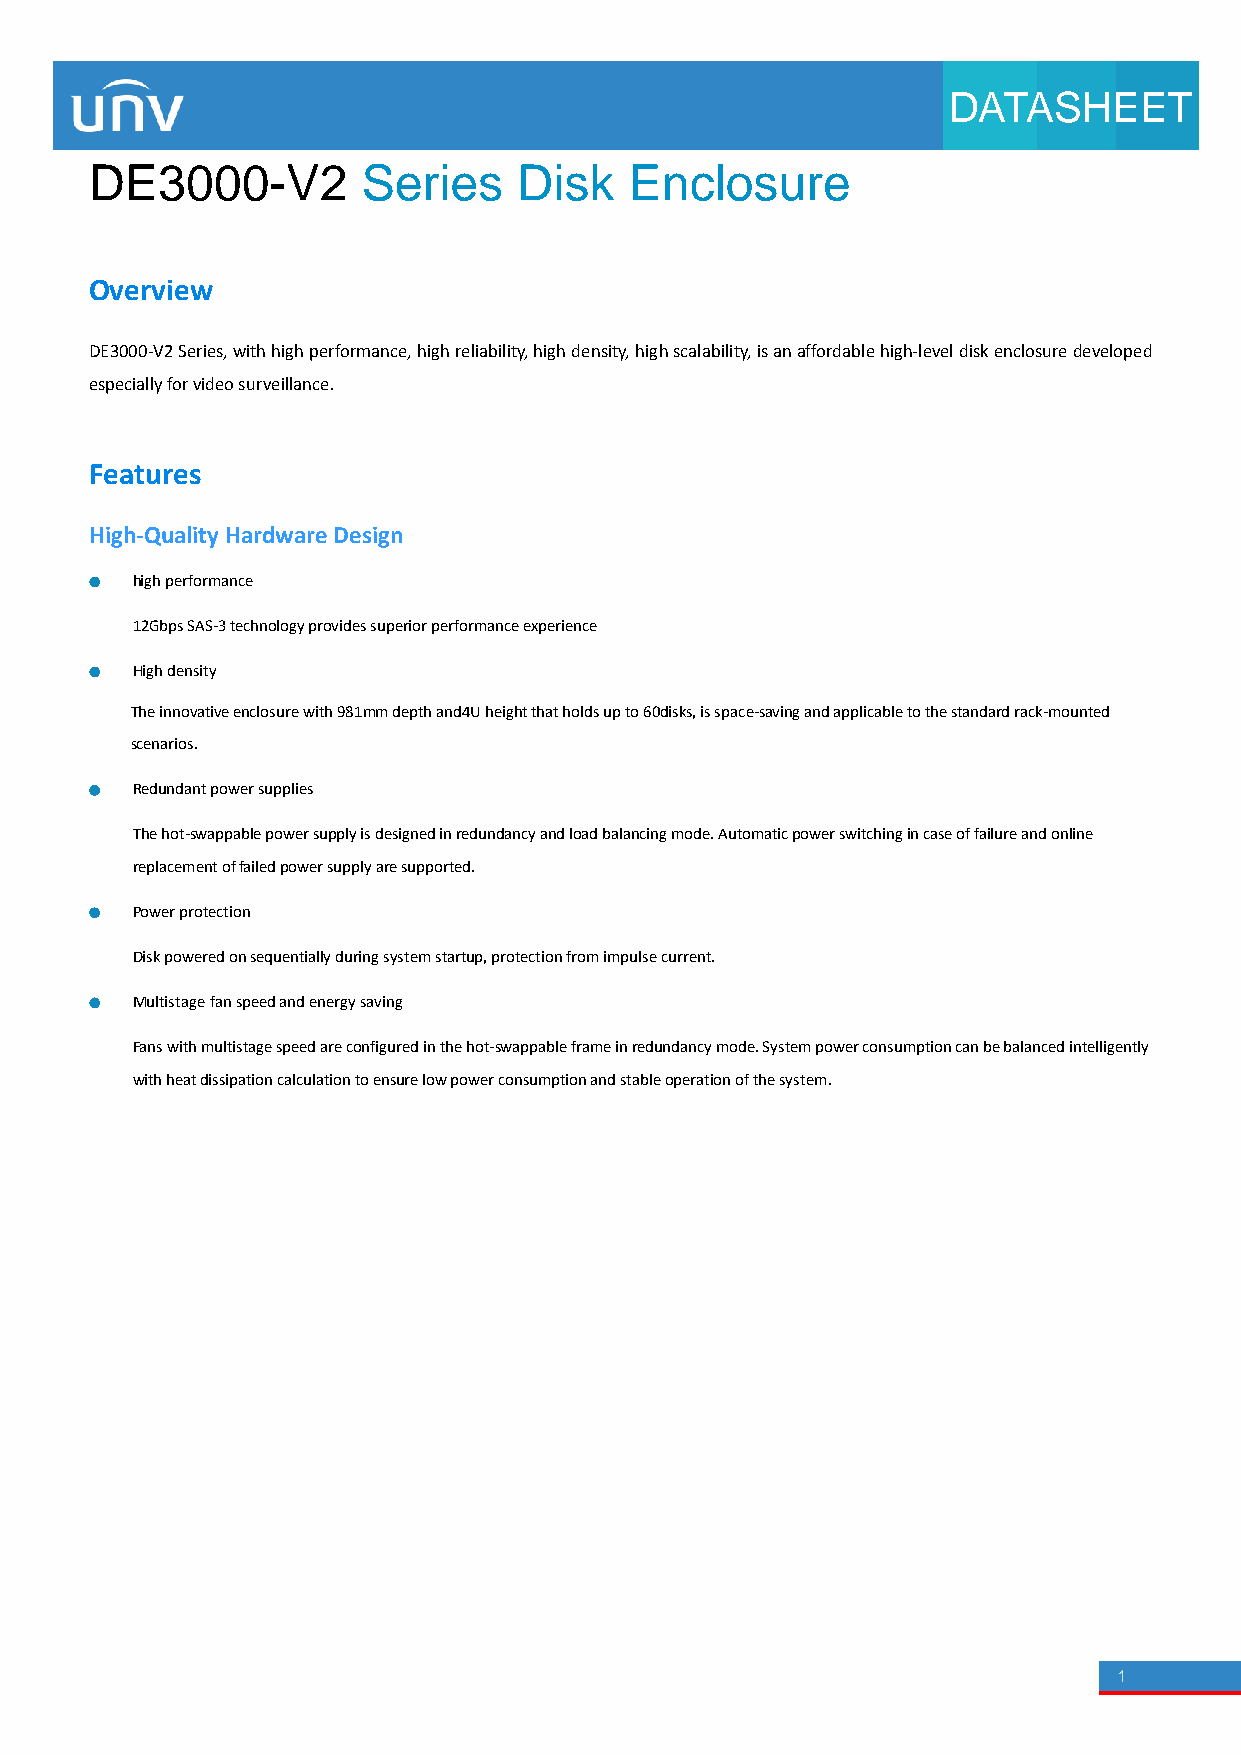
DATASHEET
 DE3000-V2         Series    Disk    Enclosure
 Overview
 DE3000-V2 Series, with high performance, high reliability, high density, high scalability, is an affordable high-level disk enclosure developed
 especially for video surveillance.
 Features
 High-Quality Hardware Design
 high performance
 12Gbps SAS-3 technology provides superior performance experience
 High density
 The innovative enclosure with 981mm depth and4U height that holds up to 60disks, is space-saving and applicable to the standard rack-mounted
 scenarios.
 Redundant power supplies
 The hot-swappable power supply is designed in redundancy and load balancing mode. Automatic power switching in case of failure and online
 replacement of failed power supply are supported.
 Power protection
 Disk powered on sequentially during system startup, protection from impulse current.
 Multistage fan speed and energy saving
 Fans with multistage speed are configured in the hot-swappable frame in redundancy mode. System power consumption can be balanced intelligently
 with heat dissipation calculation to ensure low power consumption and stable operation of the system.
 1